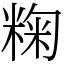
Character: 粷